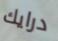
درايك